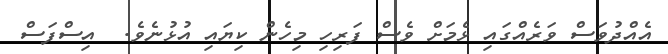
އެއްދުވަސް ވަރެއްގައި ޅެމަށް ވެސް ފަރިހި މިހެން ކިޔައި އުޅުނެވެ.  އިސްފަސް